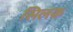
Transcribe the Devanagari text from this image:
सिलक